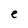
Character: e